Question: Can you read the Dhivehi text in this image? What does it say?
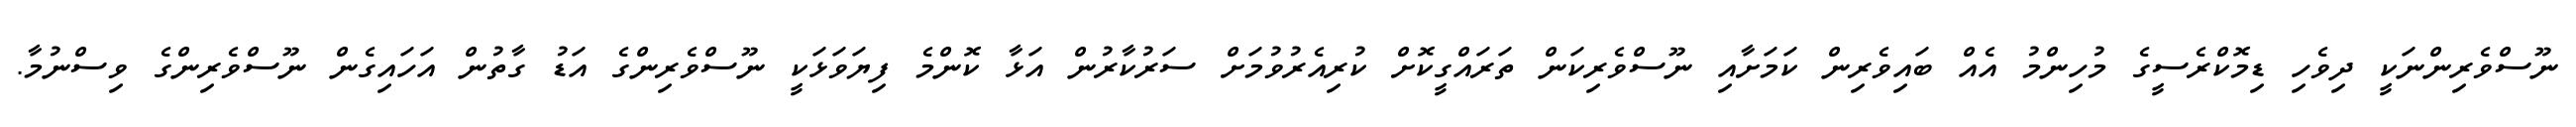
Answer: ނޫސްވެރިންނަކީ ދިވެހި ޑިމޮކްރެސީގެ މުހިންމު އެއް ބައިވެރިން ކަމަށާއި ނޫސްވެރިކަން ތަރައްގީކޮށް ކުރިއެރުވުމަށް ސަރުކާރުން އަޅާ ކޮންމެ ފިޔަވަޅަކީ ނޫސްވެރިންގެ އަޑު ގާތުން އަހައިގެން ނޫސްވެރިންގެ ވިސްނުމާ.